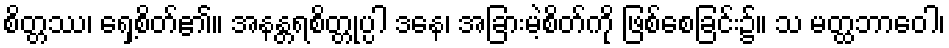
စိတ္တဿ၊ ရှေ့စိတ်၏။ အနန္တရစိတ္တုပ္ပါ ဒနေ၊ အခြားမဲ့စိတ်ကို ဖြစ်စေခြင်း၌။ သ မတ္ထဘာဝေါ၊